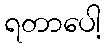
ရတာပေါ့